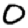
Digit: 0